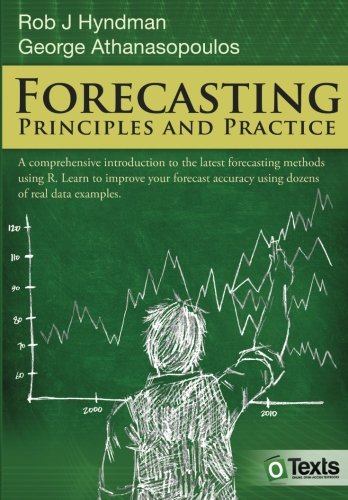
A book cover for Forecasting: principles and practice; Rob J Hyndman; Business & Money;